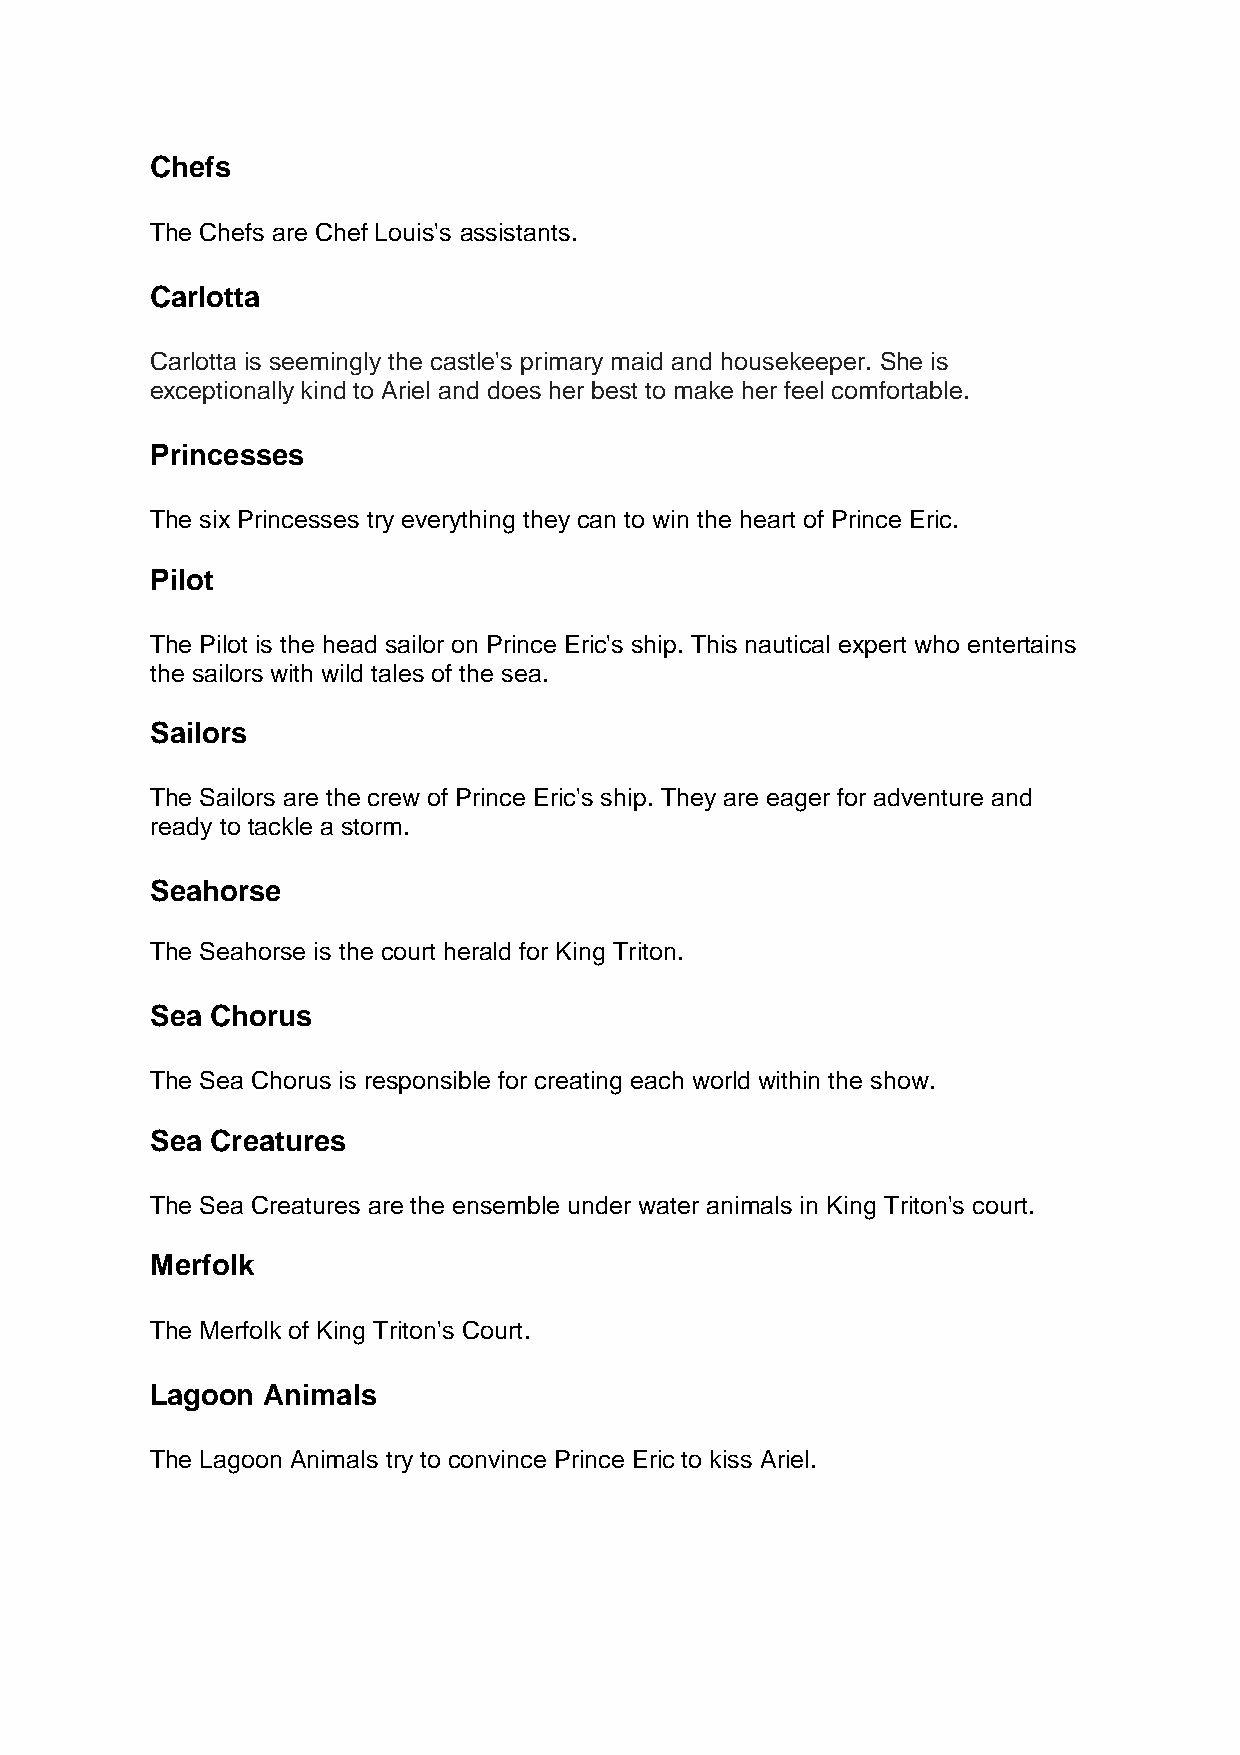
Chefs
 The Chefs are Chef Louis's assistants.
 Carlotta
 Carlotta is seemingly the castle's primary maid and housekeeper. She is
 exceptionally kind to Ariel and does her best to make her feel comfortable.
 Princesses
 The six Princesses try everything they can to win the heart of Prince Eric.
 Pilot
 The Pilot is the head sailor on Prince Eric's ship. This nautical expert who entertains
 the sailors with wild tales of the sea.
 Sailors
 The Sailors are the crew of Prince Eric's ship. They are eager for adventure and
 ready to tackle a storm.
 Seahorse
 The Seahorse is the court herald for King Triton.
 Sea Chorus
 The Sea Chorus is responsible for creating each world within the show.
 Sea Creatures
 The Sea Creatures are the ensemble under water animals in King Triton's court.
 Merfolk
 The Merfolk of King Triton's Court.
 Lagoon Animals
 The Lagoon Animals try to convince Prince Eric to kiss Ariel.